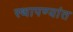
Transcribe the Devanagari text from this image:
स्थापण्यांत